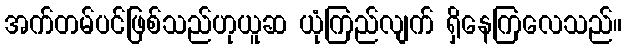
အက်တမ်ပင်ဖြစ်သည်ဟုယူဆ ယုံကြည်လျက် ရှိနေကြလေသည်။